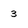
Character: 3